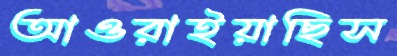
আওরাইয়াছিস